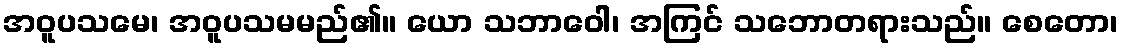
အဝူပသမေ၊ အဝူပသမမည်၏။ ယော သဘာဝေါ၊ အကြင် သဘောတရားသည်။ စေတော၊